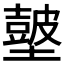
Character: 𡒢